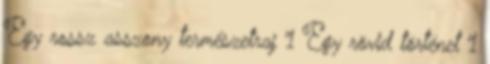
Egy rossz asszony természetraj 1 Egy rövid történet 1